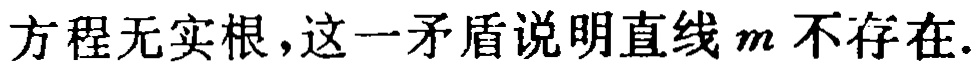
方程无实根，这一矛盾说明直线\(m\)不存在.